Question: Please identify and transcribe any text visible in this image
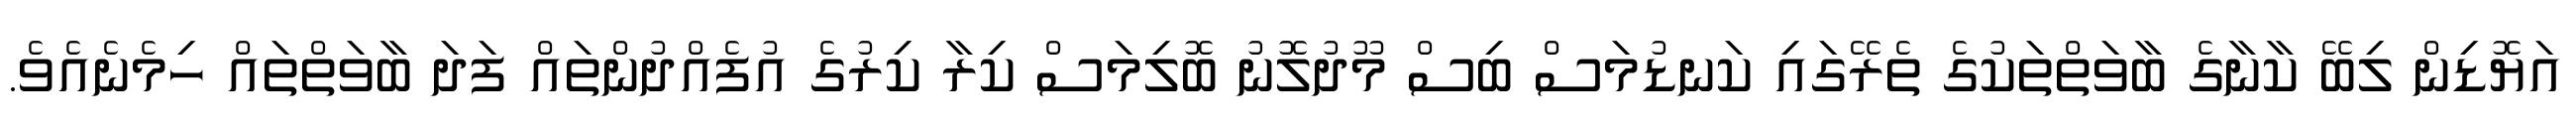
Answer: އަޔޮޑިން ލިބޭ ކާނާގެ ބާވަތްތަކުގެ ތެރޭގައި ކަނޑުމަސް ބިސް މޫދުލޮނު ބޮލިމަސް ކިރާ ކިރުގެ އުފެއްދުންތައް ފަދަ ބާވަތްތައް ހިމެނެއެވެ.